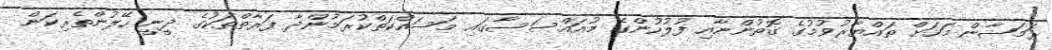
ރަމަޟާން މަހަށް ތައްޔާރުވުމުގެ ގޮތުންނާއި ފުލުހުންގެ މުއައްސަސާގައި މަސައްކަތްކުރަމުންދާ ފަރާތްތަކުގެ ދީނީ ހޭލުންތެރިކަން